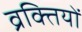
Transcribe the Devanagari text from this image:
व्रक्तियों